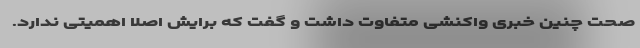
صحت چنین خبری واکنشی متفاوت داشت و گفت که برایش اصلا اهمیتی ندارد.